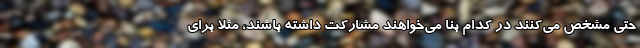
حتی مشخص می‌کنند در کدام بنا می‌خواهند مشارکت داشته باشند، مثلا برای